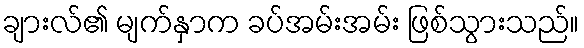
ချားလ်၏ မျက်နှာက ခပ်အမ်းအမ်း ဖြစ်သွားသည်။